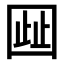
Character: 𫭋